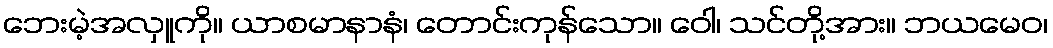
ဘေးမဲ့အလှူကို။ ယာစမာနာနံ၊ တောင်းကုန်သော။ ဝေါ၊ သင်တို့အား။ ဘယမေဝ၊